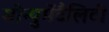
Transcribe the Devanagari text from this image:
मोन्युमेंटैलिटी